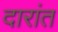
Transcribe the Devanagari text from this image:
दारांत